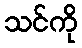
သင်ကို